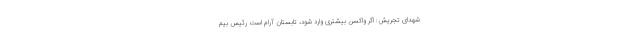
شهدای تجریش: اگر واکسن بیشتری وارد شود، تابستان آرام است رئیس بیم